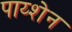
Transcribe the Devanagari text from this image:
पाय्शेन